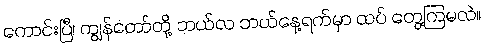
ကောင်းပြီ၊ ကျွန်တော်တို့ ဘယ်လ ဘယ်နေ့ရက်မှာ ထပ် တွေ့ကြမလဲ။